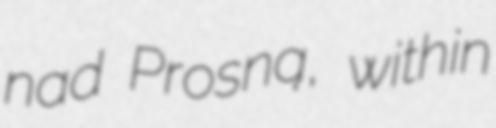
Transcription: nad Prosną, within